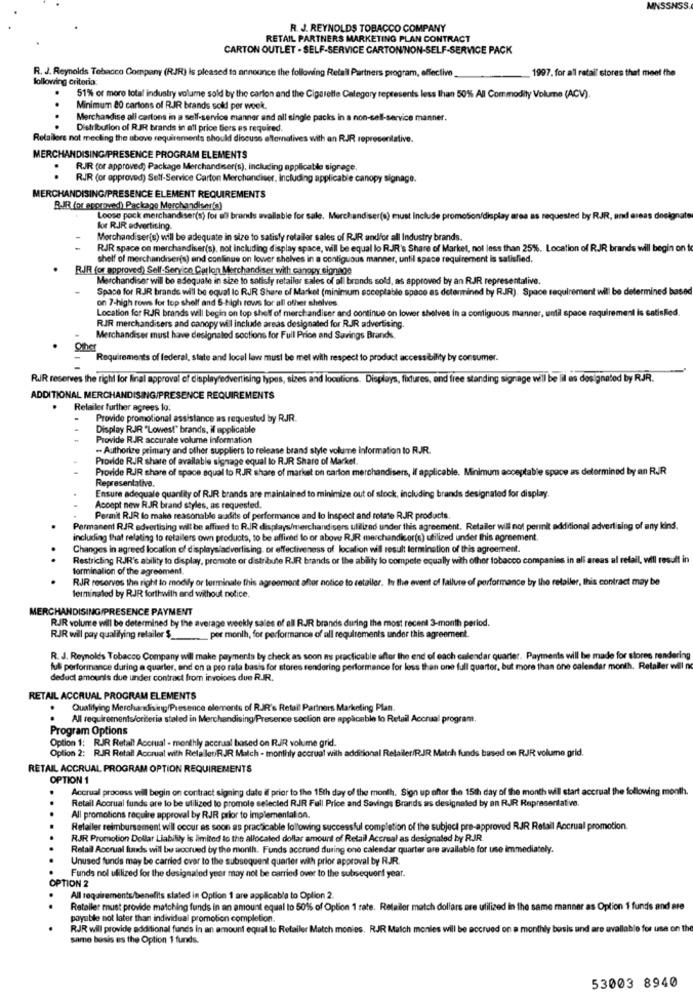
MNSSNSS
R. J. REYNOLDS TOBACCO COMPANY
RETAIL PARTNERS MARKETING PLAN CONTRACT
CARTON OUTLET - SELF-SERVICE CARTONINON-SELF-SERVICE PACK
R. J. Reynolds Tobacco Company (RJR) Is pleased to announce the following Retail Partners program, effective
1997. for all retail stores that meet the
following criteria:
51% or more lotal industry volume sold by the carlon and the Cigarette Category represents less than 50%% All Commodity Volume (ACV).
Minimum 80 cartons of RJR brands sold per week.
Merchandise all cartons in a self-service manner and all single packs in a non-sell-service manner.
Distribution of RJR brands in all price tiers es required.
Retailers not meeting the above requirements should discuss alternatives with an RJR representative.
MERCHANDISING/PRESENCE PROGRAM ELEMENTS
RJR (or approved; Package Merchandiser(s), including applicable sigrage.
RJR (or approved) Self-Service Carton Merchandiser, Including applicable canopy signage.
MERCHANDISING/PRESENCE ELEMENT REQUIREMENTS
B-JR for approved) Package Merchandiser(s)
Loose pock merchandiser(s) for all brands available for sale, Merchandiser(s) must Include promos
questec
seas designate
for RJR advertising-
Merchandiser(s) will be adequate in size to satisfy refaller sales of RJR andfor all Industry brands.
RJR space on merchandiser(s), not including display space, will be equal lo RJR's Share of Market, not less than 25%%. Location of RJR brands will begin on
shelf of merchandiser(s) and continue on lower shelves in a contiguous manner, until space requirement is satisfied.
RIR for approved) Self-Seryico Carlon Merchandiser with canopy signage
Merchandiser will be adequate in size to satisfy retailer sales of all brands sold, as approved by an RJR representative.
Space for RJR brands will be equal lo RJR Share of Market (minimum acceptable space as determined by RJR). Space requirement will be determined based
on 7-high rows for top shelf and S-high rows for all other shelves.
Location for RJR brands will begin on top shelf of merchandiser and continue on lower shelves in a contiguous manner, until space requirement is satisfied.
RJR merchandisers and canopy will include areas designated for RJR advertising.
Merchandiser must have designated soctions for Full Price and Savings Brands.
Requirements of federal, state and local law must be met with respect to product accessibility by consumer.
RJR reserves the right for Final approval of displayedvertising types, sizes and locutions. Displays, fixtures, and free standing signage will be lil es designated by RJR.
ADDITIONAL MERCHANDISING/PRESENCE REQUIREMENTS
Retailer further agrees to:
Provide promotional assistance as requested by RJR.
Display RJR "Lowest" brands, if applicable
Provide RJR accurate volume Information
- Authorize primary and other suppliers to release brand style volume information to RJR.
Provide RJR share of available signage equal lo RJR Share of Market
Provide RJR share of space equal to RJR share of market on carton merchandisers, If applicable. Minimum acceptable space as determined by an RJR
Representative.
Ensure adequale quantity of RJR brands are maintained to minimize out of stock, including brands designated for display.
Acoapt new RJR brand styles, as requested.
Permit RJR lo make reasonable audits of performance and lo inspect and relate RJR products.
Permanent RJR advertising will be affixed to R.JR displays/merchandisers ulilized under this agreement. Retailer will not permit additional advertising of any kind.
Including that relating to retailers own products, to be affired lo or above RJR merchandicor(s) utilized under this agreement.
Changes in agreed location of displaysladvertising, or effectiveness of location will result termination of this agreement.
.
Restricting RJR's ability to display, promote or distribute R.IR brands or the ability lo compete equally with other tobacco companies in all areas al retail, will result in
terminalion of the agreement.
RJR rosorvos the right to modify or terminate this agreement after notice to retailer. In the event of failure of performance by the retailer, this contract may be
lerminaled by RJR forthwith and without notice.
MERCHANDISING/PRESENCE PAYMENT
RJR volume will be determined by the average weekly sales of all RJR brands during the most recent 3-month period.
RJR will pay qualifying retailer $ _.
per month, for performance of all requirements under this agreement.
R. J. Reynolds Tobacco Company will make payments by check as soon as practicable after the end of each calendar quarter. Payments will be made for stores rendering
full performance during a quarter, and on a pro rata basis for stores rendering performance for less than one full quarter, but more than one calendar month. Retailer will no
deduct amounts due under contract from invoices due RJR.
RETAIL ACCRUAL PROGRAM ELEMENTS
Qualifying Merchandising/Presence elements of RJR's Retail Partners Marketing Plan.
All requirements/criteria staled in Merchandising/Presence section ere applicable to Retail Accrual program.
Program Options
Option 1: RJR Retail Accrual - monthly accrual based on R.JR volume grid.
Option 2: RIR Retail Accrual with RelalenRJR Match - monthly accrual wilh additional Retailer/RJR. Match funds based on RJR volume grid.
RETAIL ACCRUAL PROGRAM OPTION REQUIREMENTS
OPTION 1
Accrual process will begin on contract signing date il prior to the 15th day of the month. Sign up after the 15th day of the month will start accrual the following month.
Retail Accrual funds are to be utilized to promote selected RJR Full Price and Savings Brands as designaled by an RJR Representative.
..
All promotions require approval by RJR prior to implementation.
Refaller reimbursement will occur as soon as practicable following successful completion of the subject pre-approved RJR Retail Accrual promotion.
RJR Promotion Dollar Liability is limited to the allocated dollar amount of Retail Accrual as designated by RJJR.
Retail Accrual lunds will be socrued by the month. Funds accrued during one calendar quarter are available for use immediately.
Unused funds may be carried over to the subsequent quarter with prior approval by RJR.
Funds nol utilized for the designaled year may not be carried over to the subsequent year.
OPTION 2
All requirements/benefits slated in Option 1 are applicable to Oplion 2.
..
Retailer must provide matching funds in an amount equal to 50% of Option 1 rate. Retailer match dollars are utilized in the same manner as Option 1 funds and are
poyabile not later than individual promotion completion.
RJR will provide additional funds in an amount equal to Retailer Match monies. RJR Match monies will be accrued on a monthly basis and are available for use on the
same basis es the Option 1 funds.
53003 8940